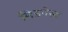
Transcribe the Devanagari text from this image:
मिडवेस्‍ट